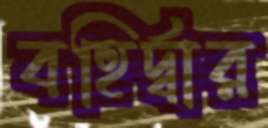
বহির্দ্বার